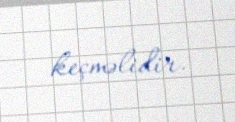
keçməlidir.